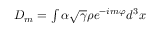
\begin{array} { r } { D _ { m } = \int \alpha \sqrt { \gamma } \rho e ^ { - i m \varphi } d ^ { 3 } x } \end{array}